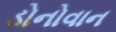
ડોનોવાન